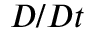
D / D t